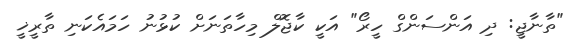
"ތާނާޖީ: ދި އަންސަންގް ހީރޯ" އަކީ ކާޖޮލް މިހާތަނަށް ކުޅުނު ހަމައެކަނި ތާރީޚީ